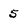
Character: 5